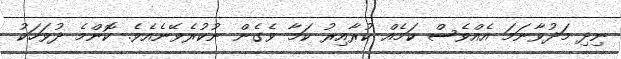
ނިދި މަދުވާނަމަ އެެއްވެސް ކަމެއް ކުރާއިރު ކަމާ ވެގެން ނުކުރެވޭނެއެވެ. ކޮންމެ ދުވަހަކު